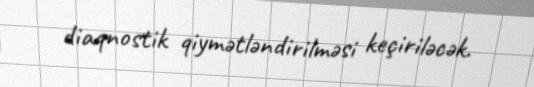
diaqnostik qiymətləndirilməsi keçiriləcək.